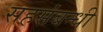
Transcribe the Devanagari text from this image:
सहसंबन्धी